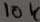
Text: 10K